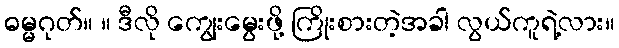
ဓမ္မဂုတ်။ ။ ဒီလို ကျွေးမွေးဖို့ ကြိုးစားတဲ့အခါ လွယ်ကူရဲ့လား။